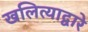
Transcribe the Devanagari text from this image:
खलित्याद्वारे